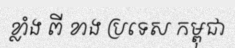
ខ្លាំង ពី ខាង ប្រទេស កម្ពុជា